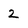
Character: 2